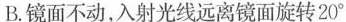
B.镜面不动，入射光线远离镜面旋转20^{\circ}